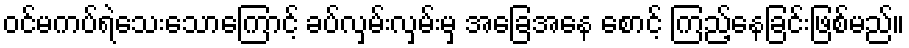
ဝင်မကပ်ရဲသေးသောကြောင့် ခပ်လှမ်းလှမ်းမှ အခြေအနေ စောင့် ကြည့်နေခြင်းဖြစ်မည်။